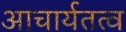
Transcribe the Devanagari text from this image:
आचार्यतत्व